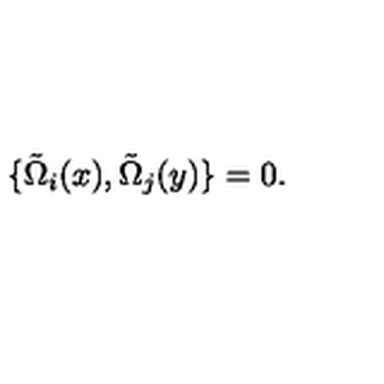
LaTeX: \{ \tilde { \Omega } _ { i } ( x ) , \tilde { \Omega } _ { j } ( y ) \} = 0 .